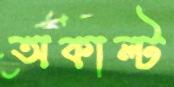
অকাল্ট